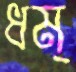
ধম্